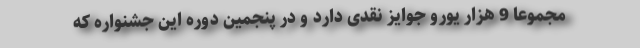
مجموعا 9 هزار یورو جوایز نقدی دارد و در پنجمین دوره این جشنواره که